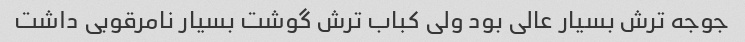
جوجه ترش بسیار عالی بود ولی کباب ترش گوشت بسیار نامرقوبی داشت